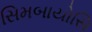
સિમબાયોસિ